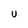
Character: U